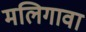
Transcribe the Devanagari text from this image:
मलिगावा